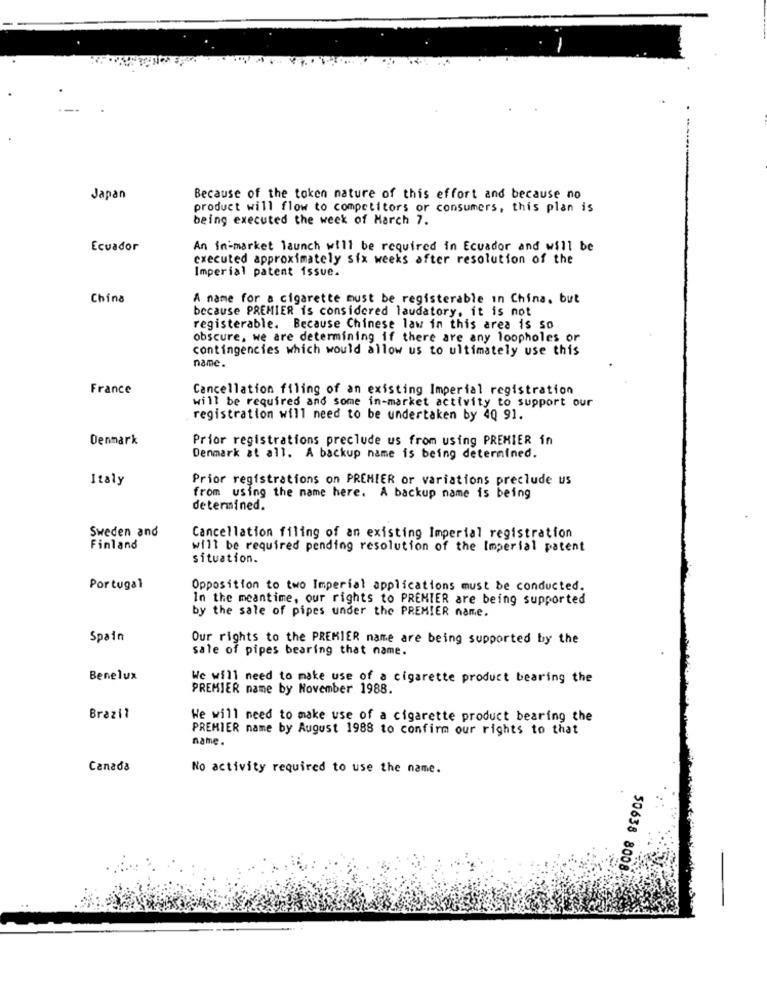
Japan
Because of the token nature of this effort and because no
product will flow to competitors or consumers, this plan is
being executed the week of March 7.
Ecuador
An in-market launch will be required in Ecuador and will be
executed approximately six weeks after resolution of the
Imperial patent issue.
China
A name for a cigarette must be registerable in China, but
because PREMIER is considered laudatory, it is not
registerable. Because Chinese law in this area is so
obscure, we are determining if there are any loopholes or
contingencies which would allow us to ultimately use this
name.
France
Cancellation filing of an existing Imperial registration
will be required and some in-market activity to support our
registration will need to be undertaken by 4Q 91.
Denmark
Prior registrations preclude us from using PREMIER in
Denmark at all. A backup name is being determined.
Italy
Prior registrations on PREMIER or variations preclude us
from using the name here. A backup name is being
determined.
Sweden and
Cancellation filing of an existing Imperial registration
Finland
will be required pending resolution of the Imperial patent
situation.
Portugal
Opposition to two Imperial applications must be conducted.
In the meantime, our rights to PREMIER are being supported
by the sale of pipes under the PREMIER name.
Spain
Our rights to the PREMIER name are being supported by the
sale of pipes bearing that name.
Benelux
We will need to make use of a cigarette product bearing the
PREMIER name by November 1988.
Brazil
We will need to make use of a cigarette product bearing the
PREMIER name by August 1988 to confirm our rights to that
name.
Canada
No activity required to use the name.
50638 8008